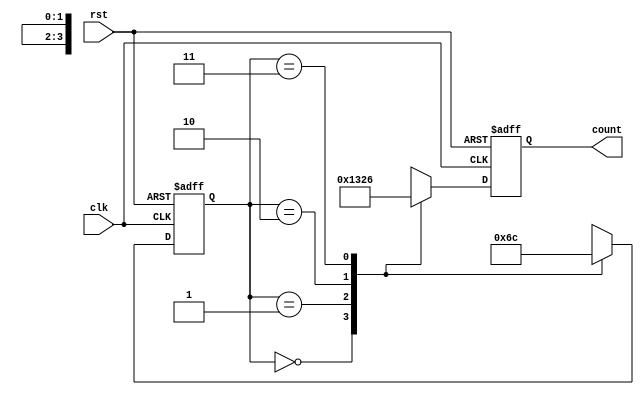
module gray_counter(
    input wire clk,
    input wire rst,
    output reg [3:0] count
);

reg [1:0] gray_state;

always @(posedge clk or posedge rst) begin
    if (rst) begin
        count <= 4'b0000;
        gray_state <= 2'b00;
    end else begin
        case (gray_state)
            2'b00: begin
                count <= 4'b0001;
                gray_state <= 2'b01;
            end
            2'b01: begin
                count <= 4'b0011;
                gray_state <= 2'b10;
            end
            2'b10: begin
                count <= 4'b0010;
                gray_state <= 2'b11;
            end
            2'b11: begin
                count <= 4'b0110;
                gray_state <= 2'b00;
            end
        endcase
    end
end

endmodule